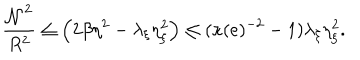
LaTeX: \frac { { \cal N } ^ { 2 } } { R ^ { 2 } } \leq \left( 2 \beta \eta ^ { 2 } - \lambda _ { \xi } \eta _ { \xi } ^ { 2 } \right) \leq ( \kappa ( e ) ^ { - 2 } - 1 ) \lambda _ { \xi } \eta _ { \xi } ^ { 2 } .